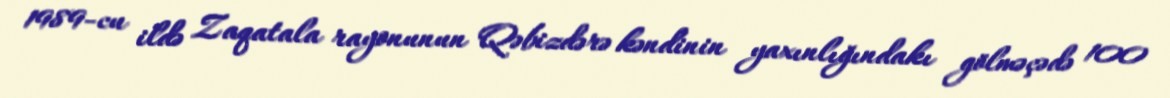
1989-cu ildə Zaqatala rayonunun Qəbizdərə kəndinin yaxınlığındakı gölməçədə 100